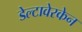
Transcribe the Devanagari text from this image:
डेल्टावेरकेन